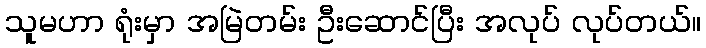
သူမဟာ ရုံးမှာ အမြဲတမ်း ဦးဆောင်ပြီး အလုပ် လုပ်တယ်။